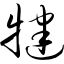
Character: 犍